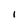
Character: 1